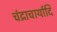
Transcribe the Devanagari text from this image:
चंद्राचार्यादि